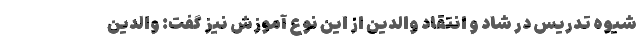
شیوه تدریس در شاد و انتقاد والدین از این نوع آموزش نیز گفت: والدین